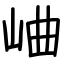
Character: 𪨰